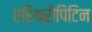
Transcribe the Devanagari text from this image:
एरिथ्रोपिटिन